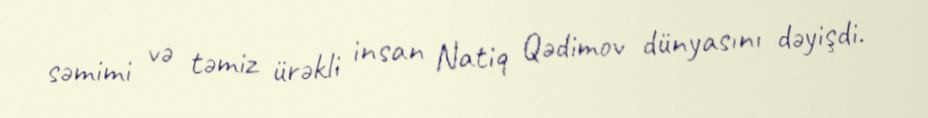
səmimi və təmiz ürəkli insan Natiq Qədimov dünyasını dəyişdi.